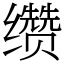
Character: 缵